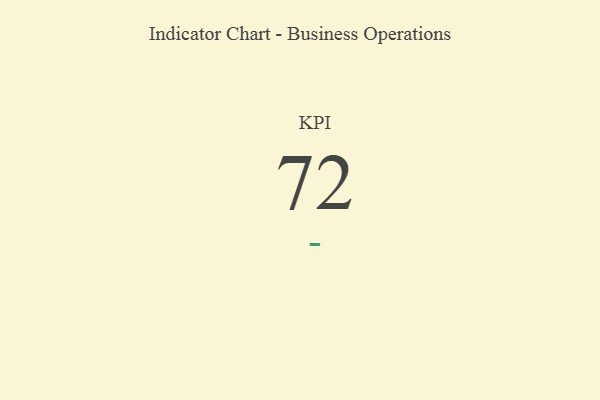
{"axis": {"x": "KPI", "y": "Value"}, "legend": [""], "data": [{"x": "KPI", "y": 72, "type": ""}]}